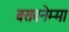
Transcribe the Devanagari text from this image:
बसवनेम्मा